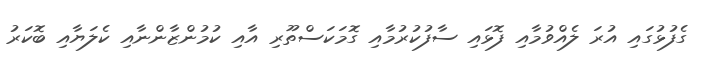
ގެފުޅުގައި އުރަ ލެއްވުމާއި ފޮޅައި ސާފުކުރުމާއި ގޮމަކަސްތޫރި އާއި ކުމުންޒާންނާއި ކެލަޔާއި ބޮކަރު